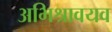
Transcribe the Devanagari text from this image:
अभिश्रावयव